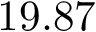
1 9 . 8 7